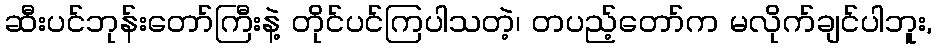
ဆီးပင်ဘုန်းတော်ကြီးနဲ့ တိုင်ပင်ကြပါသတဲ့၊ တပည့်တော်က မလိုက်ချင်ပါဘူး,